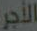
الأجر